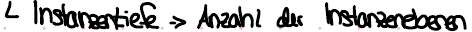
Instanzentiefe -> Anzahl der Instanzenebenen